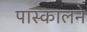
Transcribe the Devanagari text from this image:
पास्कालने